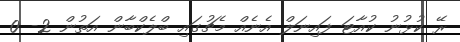
ރޭ ކުޅުނު ކުއާޓަ ފައިނަލް އެނެއް މެޗުގައި ބްލެކްބާން އަތުން 2- 0